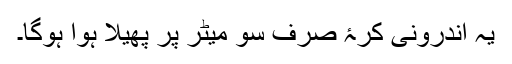
یہ اندرونی کرۂ صرف سو میٹر پر پھیلا ہوا ہوگا۔